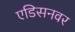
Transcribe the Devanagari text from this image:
एडिसनवर